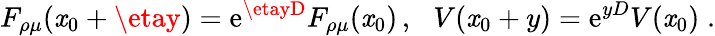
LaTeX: F_{\rho\mu}(\mathit{x}_{0}+\etay)=\mathrm{{e}}^{\etayD}F_{\rho\mu}(\mathit{x}_{0})\, ,\, \, \, \, V(\mathit{x}_{0}+y)=\mathrm{{e}}^{yD}V(\mathit{x}_{0})\; .